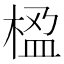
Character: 𬃇